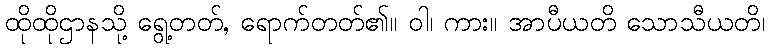
ထိုထိုဌာနသို့ ရွေ့တတ်, ရောက်တတ်၏။ ဝါ၊ ကား။ အာပီယတိ သောသီယတိ၊